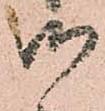
御